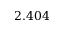
2 . 4 0 4